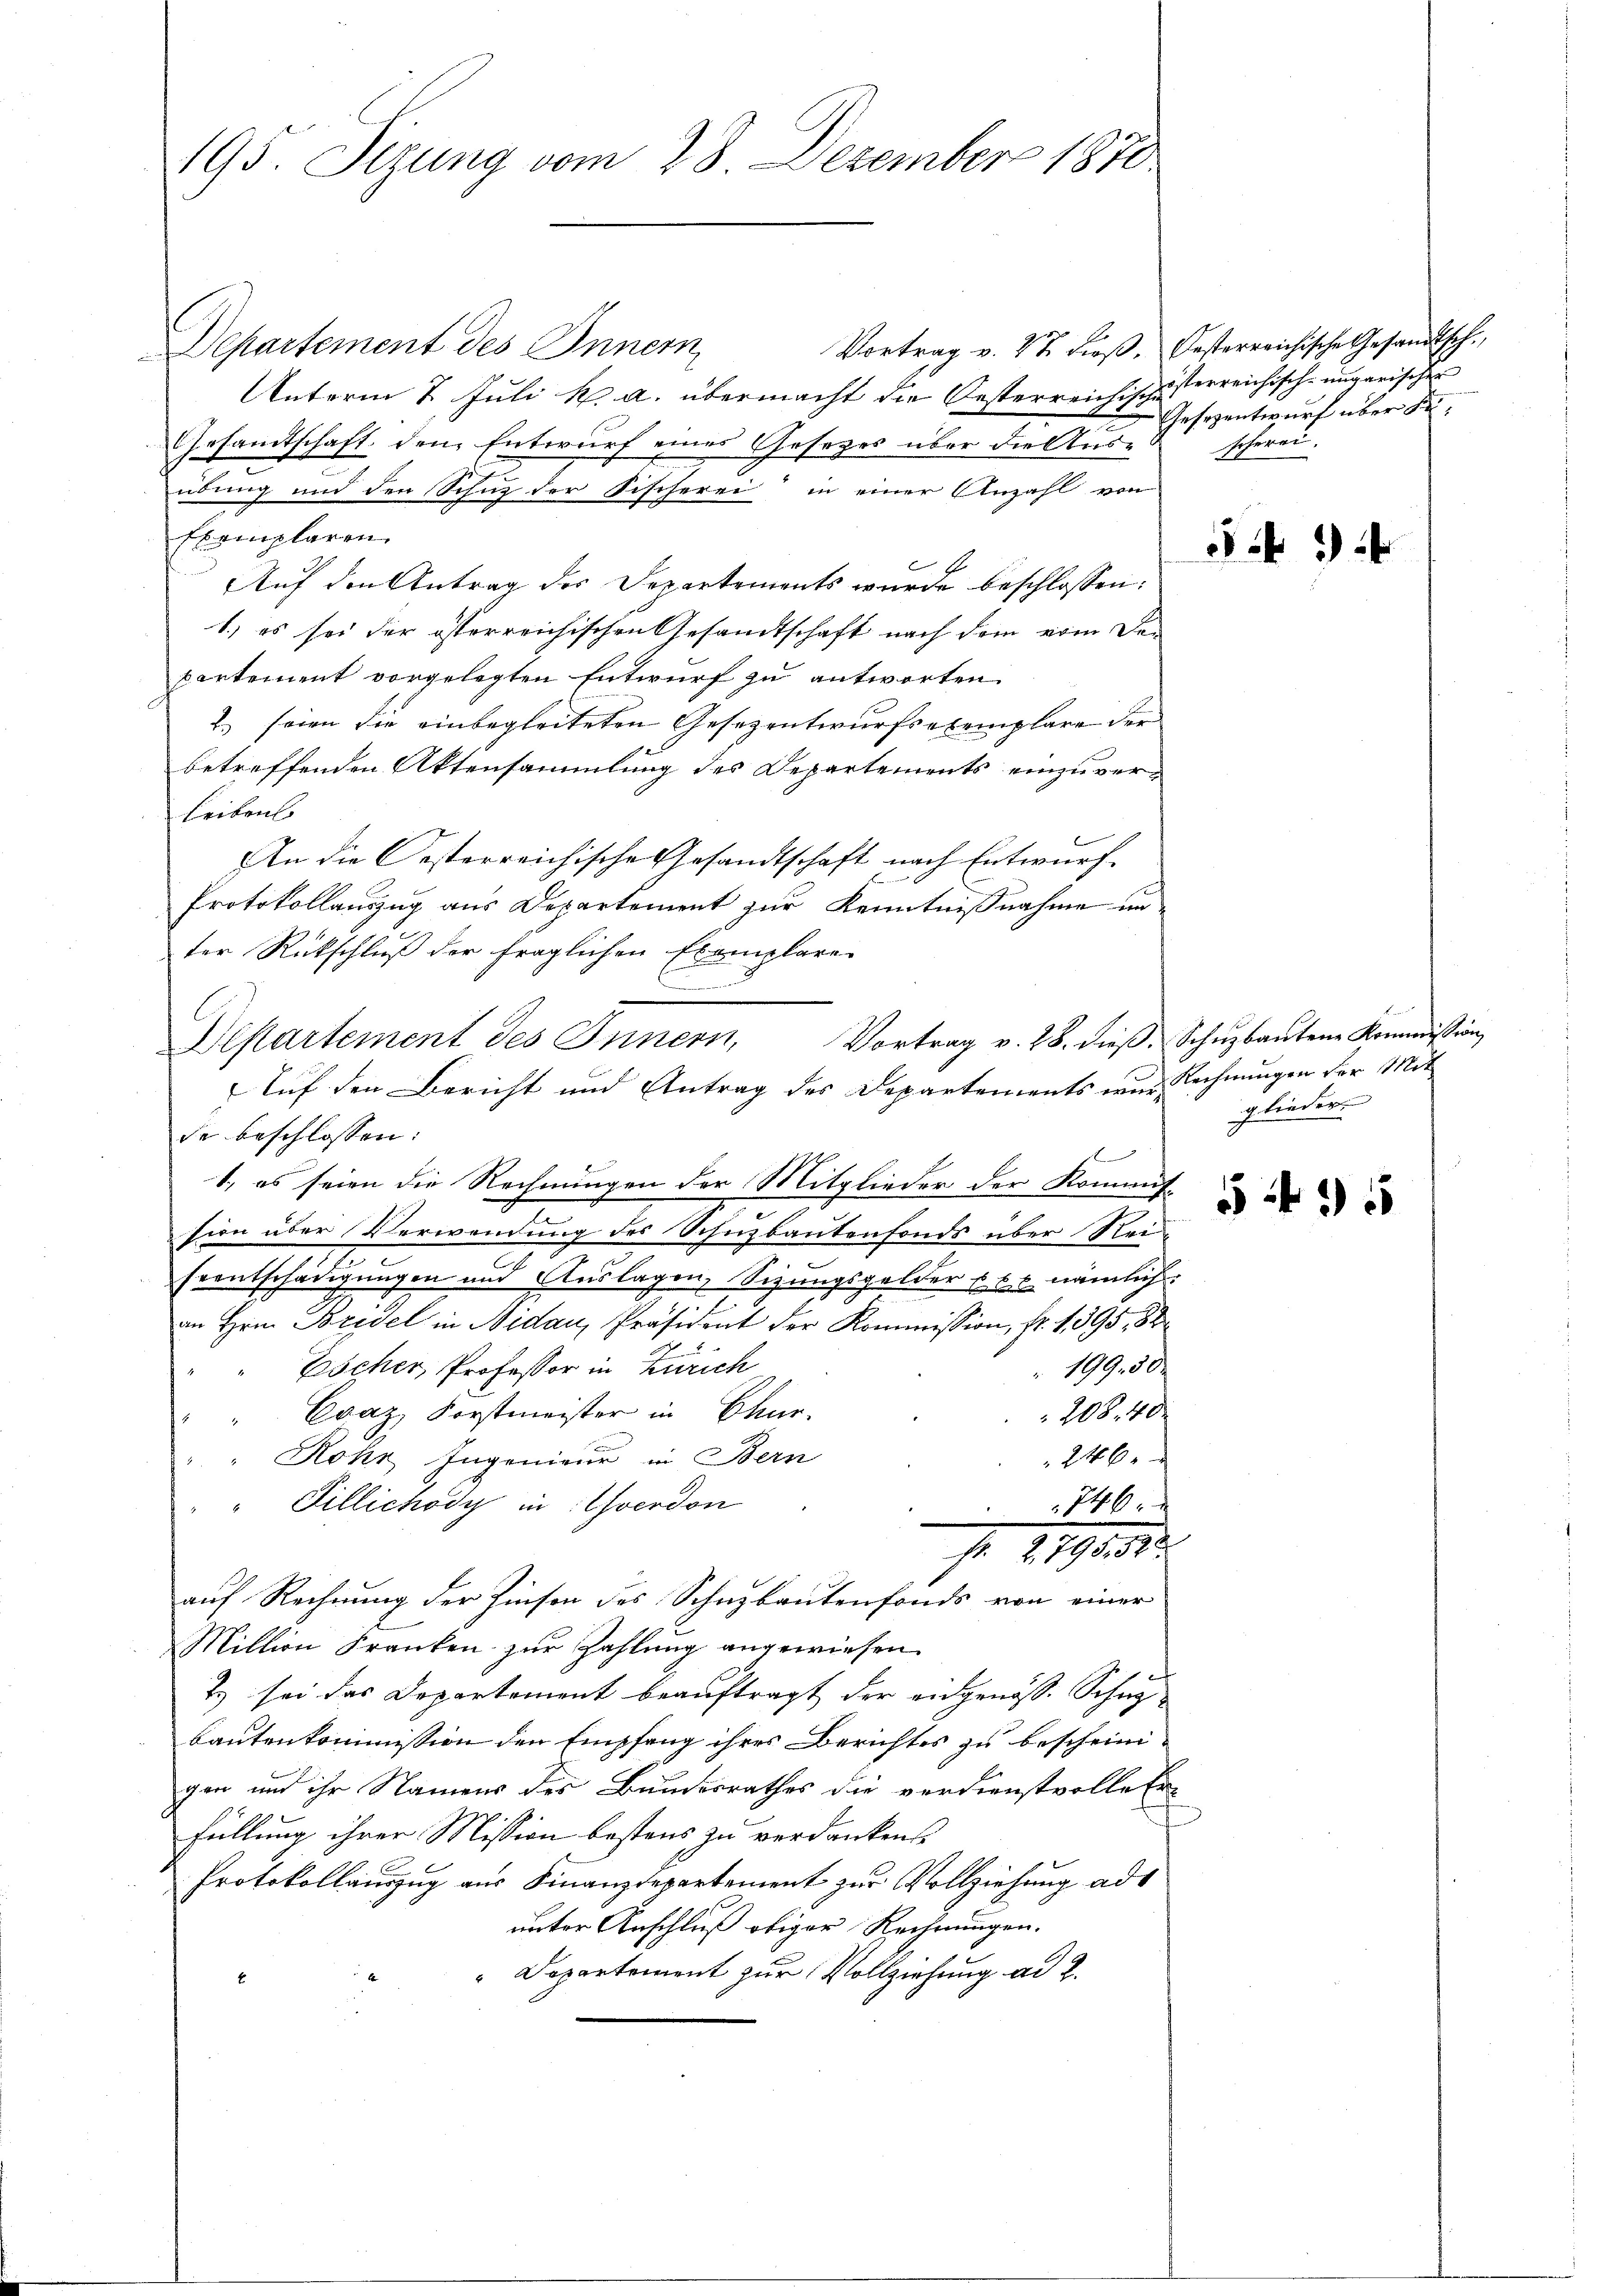
195. Seizung vom 28. Dezember 1870

Vortrag v. 47 dieβ. Oesterreichische Gesandtsch.
Departement des Innern
Unterm 2. Juli k. a. übermacht die Oesterreichischesterreichisch-ungarischer
Gesamtschaft, den Entwurf eines Gesezes über die Ausübung und der Schnz der Fischerei in einer Anzahl von
Exemplaren
Auf den Antrag des Departements wurde beschlossen:
1.) es sei der österreichischen Gesandtschaft nach dem vom De-
partement vorgelegten Entwurf zu antworten
2) seien die einbegleiteten Gesezentwurfsexemplare der
betreffenden Aktensammlung des Departements einzuverleibens
An die Oesterreichische Gesandtschaft nach Entwurf.
Protokollauszug aus Departement zur Kenntnißnahme in
ter Rückschluß der fraglichen Exemplare
Departement des Innern,
de beschlossen:
1. es seien die Rechnungen der Mitglieder der Kommis
sion über Verwendung des Schuzbautenfonds über Rei
Erentschädigungen und Auslagen, Sizungsgelder xxx nämlich.
n
an Hrn. Bridel in Nidau, Präsident der Kommission, fr. 1395, 82
199. 50
Escher, Professor in Zürich
208. 40
"" Evaz, Forstmeister in Chur-
246
"" Rohr Ingenieur in Bern
" " Pillichody in Yverdon
746 x
s. 1191. 1
auf Rechnung der Zinsen des Schuzbautenfonds von einer
Million Franken zur Zahlung angewiesen.
2) sei das Departement beauftragt der angenöss. Schu
bautenkommission den Empfang ihres Berichtes zu bescheinigen und ihr Namens des Bundesrathes die verdienstvolle Erfüllung ihrer Mission bestens zu verdanken
Protokollauszug aus Finanzdepartement zur Vollziehung ad
unter Anschluß obiger Rechnungen.
Departement zur Vollziehung ad 2.

.
Auf den Bericht und Antrag des Departements war Rechnungen der Mit

Gesezentwurf über d
scherei.

549 f

545

Vortrag v. 28. dieß. Schuzbautene Kommission,
glieder